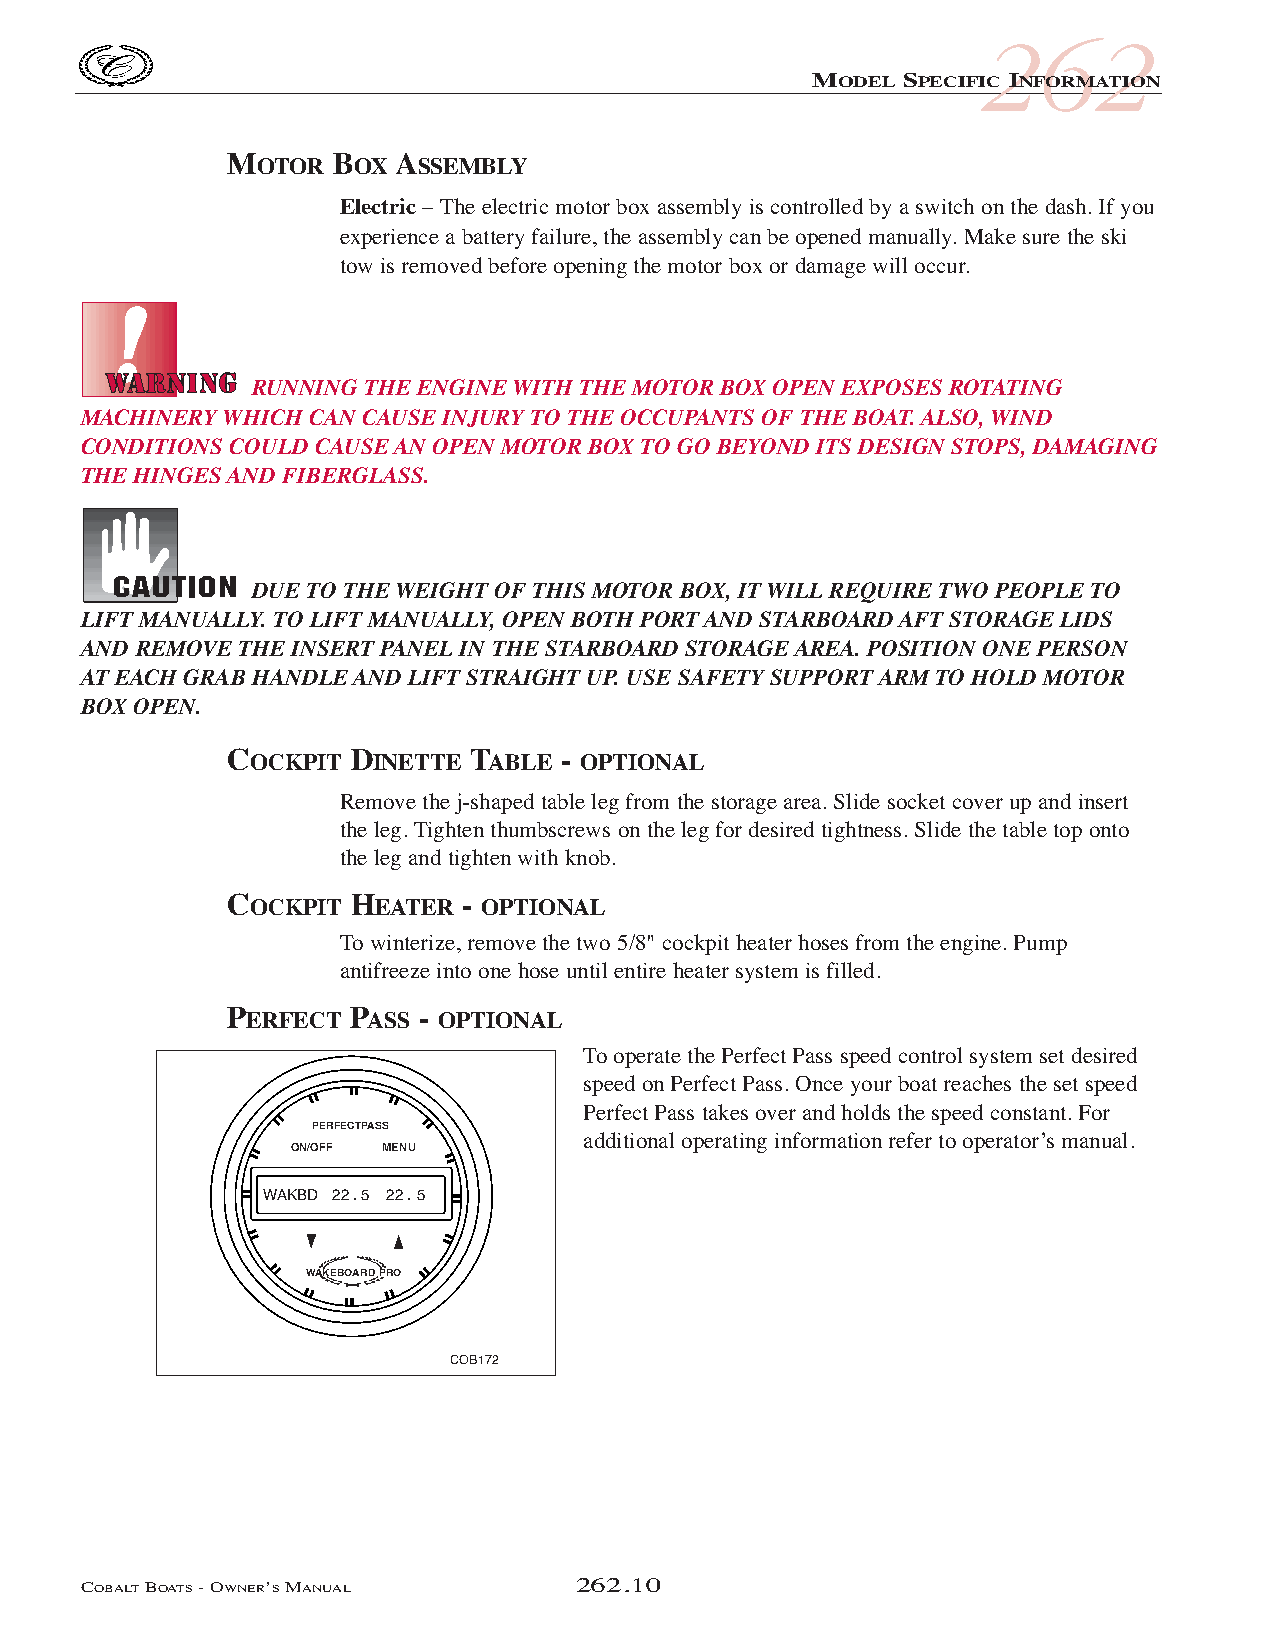
COB_05 Sect 262.qxd 3/18/05 9:28 AM Page 262.10
 262
 MODEL SPECIFIC INFORMATION
 MOTOR  BOX  ASSEMBLY
 Electric – The electric motor box assembly is controlled by a switch on the dash. If you
 experience a battery failure, the assembly can be opened manually. Make sure the ski
 tow is removed before opening the motor box or damage will occur.
 RUNNING THE ENGINE WITH THE MOTOR BOX OPEN EXPOSES ROTATING
 MACHINERY WHICH CAN CAUSE INJURY TO THE OCCUPANTS OF THE BOAT. ALSO, WIND
 CONDITIONS COULD CAUSE AN OPEN MOTOR BOX TO GO BEYOND ITS DESIGN STOPS, DAMAGING
 THE HINGES AND FIBERGLASS.
 DUE TO THE WEIGHT OF THIS MOTOR BOX, IT WILL REQUIRE TWO PEOPLE TO
 LIFT MANUALLY. TO LIFT MANUALLY, OPEN BOTH PORT AND STARBOARD AFT STORAGE LIDS
 AND REMOVE THE INSERT PANEL IN THE STARBOARD STORAGE AREA. POSITION ONE PERSON
 AT EACH GRAB HANDLE AND LIFT STRAIGHT UP. USE SAFETY SUPPORT ARM TO HOLD MOTOR
 BOX OPEN.
 COCKPIT  DINETTE TABLE - OPTIONAL
 Remove the j-shaped table leg from the storage area. Slide socket cover up and insert
 the leg. Tighten thumbscrews on the leg for desired tightness. Slide the table top onto
 the leg and tighten with knob.
 COCKPIT  HEATER - OPTIONAL
 To winterize, remove the two 5/8" cockpit heater hoses from the engine. Pump
 antifreeze into one hose until entire heater system is filled.
 PERFECT  PASS - OPTIONAL
 To operate the Perfect Pass speed control system set desired
 speed on Perfect Pass. Once your boat reaches the set speed
 Perfect Pass takes over and holds the speed constant. For
 PERFECTPASS
 additional operating information refer to operator’s manual.
 ON/OFF MENU
 WAKBD 22 . 5 22 . 5
 WAKEBOARD PRO
 COB172
 COBALTBOATS- OWNER’SMANUAL       262.10